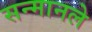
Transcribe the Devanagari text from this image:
सन्मानले